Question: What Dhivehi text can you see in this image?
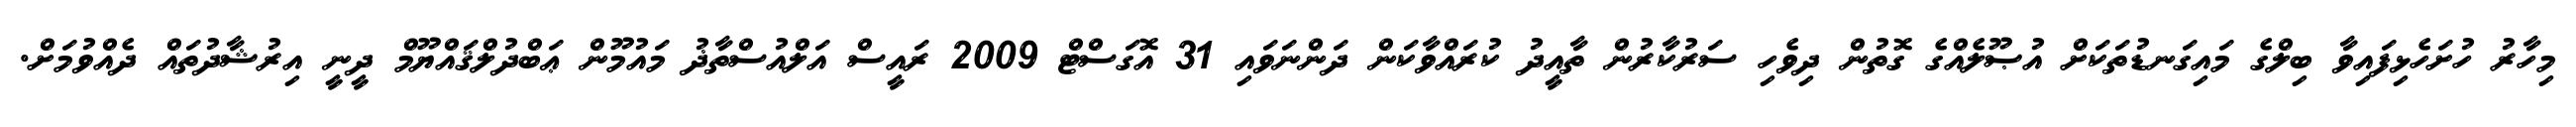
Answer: މިހާރު ހުށަހެޅިފައިވާ ބިލްގެ މައިގަނޑުތަކަށް އުޞޫލެއްގެ ގޮތުން ދިވެހި ސަރުކާރުން ތާއީދު ކުރައްވާކަން ދަންނަވައި 31 އޮގަސްޓް 2009 ރައީސް އަލްއުސްތާޛު މައުމޫން ޢަބްދުލްޤައްޔޫމް ދީނީ އިރުޝާދުތައް ދެއްވުމަށް.